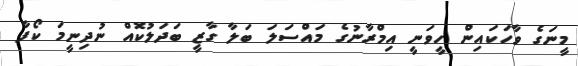
މީނަގެ ވާހަކައިން ހީވަނީ އިމްރާނުގެ މައްސަލަ ބަލާ ގާޒީ ބަދަލުކޮއް ނުދިނީމަ ކޯފާ